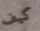
كيف